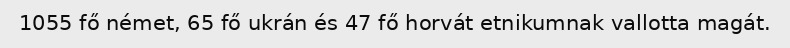
1055 fő német, 65 fő ukrán és 47 fő horvát etnikumnak vallotta magát.